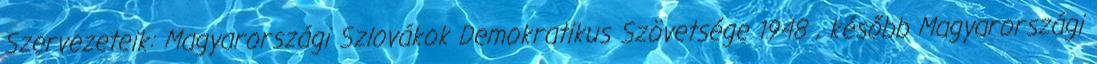
Szervezeteik: Magyarországi Szlovákok Demokratikus Szövetsége 1948 , később Magyarországi